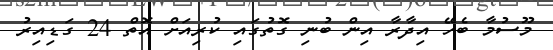
މޫސުމާ ބެހޭ އިދާރާ އިން ބުނި ގޮތުގައި ކުރިއަށް އޮތް 24 ގަޑިއިރު